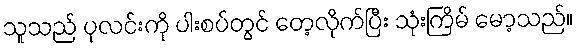
သူသည် ပုလင်းကို ပါးစပ်တွင် တေ့လိုက်ပြီး သုံးကြိမ် မော့သည်။